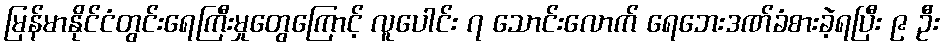
မြန်မာနိုင်ငံတွင်းရေကြီးမှုတွေကြောင့် လူပေါင်း ၇ သောင်းလောက် ရေဘေးဒဏ်ခံစားခဲ့ရပြီး ၉ ဦး